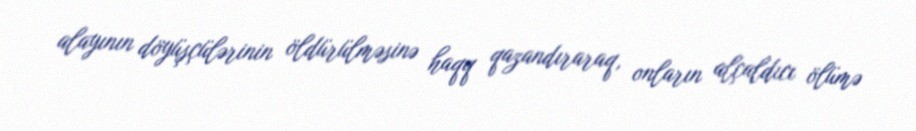
alayının döyüşçülərinin öldürülməsinə haqq qazandıraraq, onların alçaldıcı ölümə